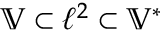
\mathbb { V } \subset \ell ^ { 2 } \subset \mathbb { V } ^ { * }